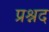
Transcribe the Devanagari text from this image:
प्रश्नद